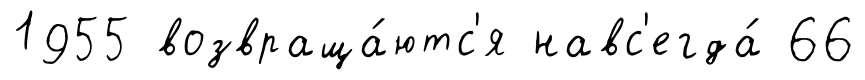
1955 возвраща́ютс'я навс'егда́ 66